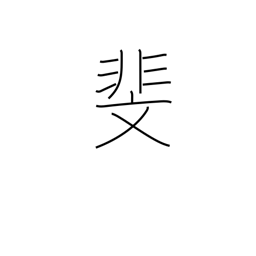
Meaning: patterned